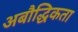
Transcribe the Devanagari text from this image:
अबौद्धिकता